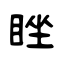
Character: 睉